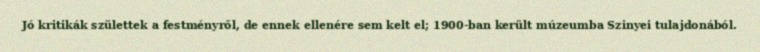
Jó kritikák születtek a festményről, de ennek ellenére sem kelt el; 1900-ban került múzeumba Szinyei tulajdonából.